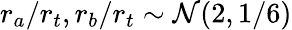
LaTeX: r_{a}/r_{t},r_{b}/r_{t}\sim\mathcal{N}(2,1/6)